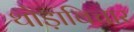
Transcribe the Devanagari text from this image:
थोड़ाविचार